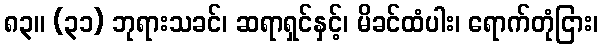
၈၃။ (၃၁) ဘုရားသခင်၊ ဆရာရှင်နှင့်၊ မိခင်ထံပါး၊ ရောက်တုံငြား၊